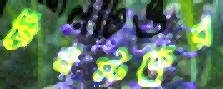
গ্রিনস্টকের